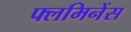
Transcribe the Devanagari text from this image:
फ्लमिनेंस